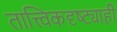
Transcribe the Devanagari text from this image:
तात्त्विकदृष्ट्याही